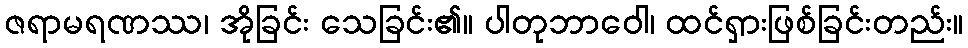
ဇရာမရဏဿ၊ အိုခြင်း သေခြင်း၏။ ပါတုဘာဝေါ၊ ထင်ရှားဖြစ်ခြင်းတည်း။